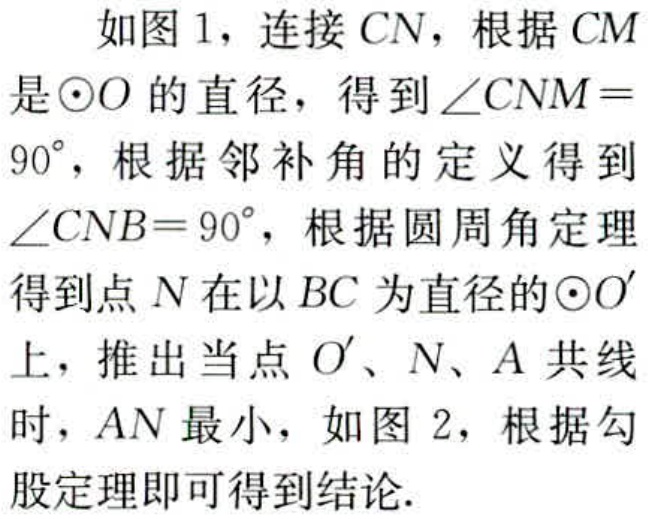
如图1，连接 \(CN\)，根据 \(CM\) 是\(\odot O\)的直径，得到\(\angle CNM = 90^{\circ}\)，根据邻补角的定义得到\(\angle CNB = 90^{\circ}\)，根据圆周角定理得到点 \(N\) 在以 \(BC\) 为直径的\(\odot O'\)上，推出当点 \(O'\)、\(N\)、\(A\) 共线时，\(AN\) 最小，如图2，根据勾股定理即可得到结论.